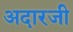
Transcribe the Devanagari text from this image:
अदारजी